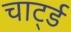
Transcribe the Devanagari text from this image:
चार्ट्ड